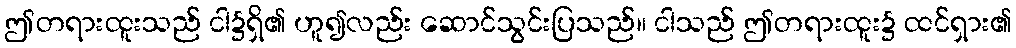
ဤတရားထူးသည် ငါ၌ရှိ၏ ဟူ၍လည်း ဆောင်သွင်းပြသည်။ ငါသည် ဤတရားထူး၌ ထင်ရှား၏